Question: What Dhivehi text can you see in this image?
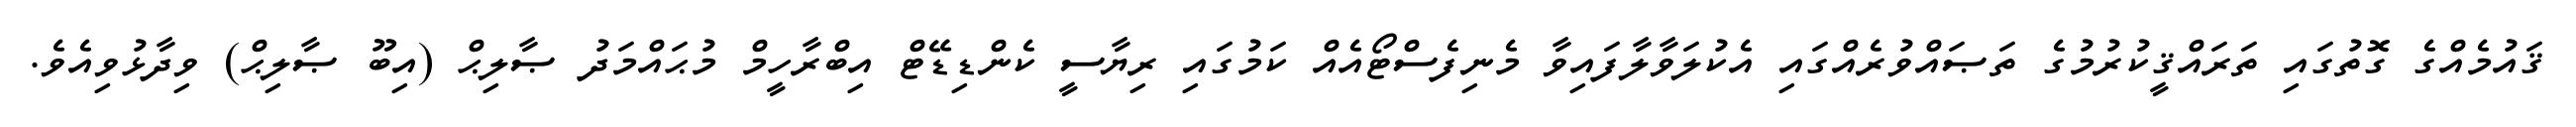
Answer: ޤައުމެއްގެ ގޮތުގައި ތަރައްޤީކުރުމުގެ ތަޞައްވުރެއްގައި އެކުލަވާލާފައިވާ މެނިފެސްޓޯއެއް ކަމުގައި ރިޔާސީ ކެންޑިޑޭޓް އިބްރާހީމް މުޙައްމަދު ޞާލިޙް (އިބޫ ޞާލިޙް) ވިދާޅުވިއެވެ.